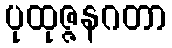
ပုထုဇ္ဇနဂတာ